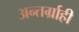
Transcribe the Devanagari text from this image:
अन्तर्ग्राही